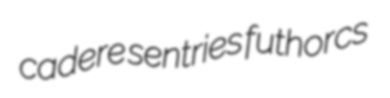
cadere sentries futhorcs